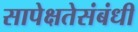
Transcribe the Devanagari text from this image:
सापेक्षतेसंबंधी